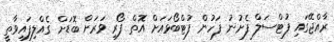
ރާއްޖޭގައި ފުޓްސަލް ފެށުނު ފަހުން ފުޓްބޯޅައަށް އޮތް ފޯރި ވަރަށް ބޮޑަށް ގެއްލިފައިވާތީ